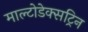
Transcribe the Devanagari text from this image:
माल्टोडेक्सट्रिन